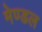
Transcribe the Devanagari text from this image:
मेण्डल